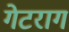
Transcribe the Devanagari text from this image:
गेटराग